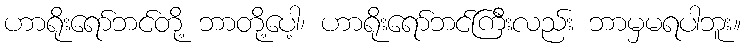
ဟာရိုးရော်ဘင်တို့ ဘာတို့ပေါ့၊ ဟာရိုးရော်ဘင်ကြီးလည်း ဘာမှမရပါဘူး။